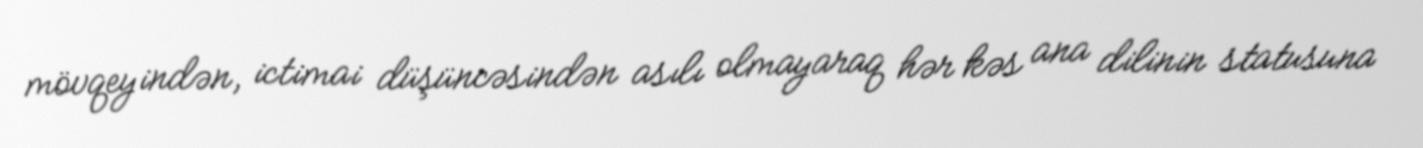
mövqeyindən, ictimai düşüncəsindən asılı olmayaraq hər kəs ana dilinin statusuna